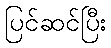
ပြင်ဆင်ပြီး